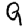
Digit: 9